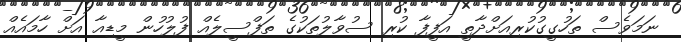
ނަމަވެސް ތަހުގީގުކުރިއަށްދާތީ އަފީފާ ކުރި ސުވާލުތަކުގެ ތަފްސީލެއް ފުލުހުން މީޑިއާ އަށް ހާމައެއް